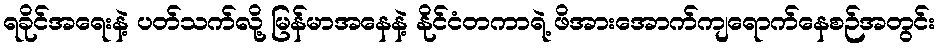
ရခိုင်အရေးနဲ့ ပတ်သက်လို့ မြန်မာအနေနဲ့ နိုင်ငံတကာရဲ့ ဖိအားအောက်ကျရောက်နေစဉ်အတွင်း